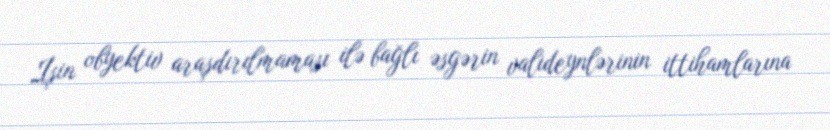
İşin obyektiv araşdırılmaması ilə bağlı əsgərin valideynlərinin ittihamlarına